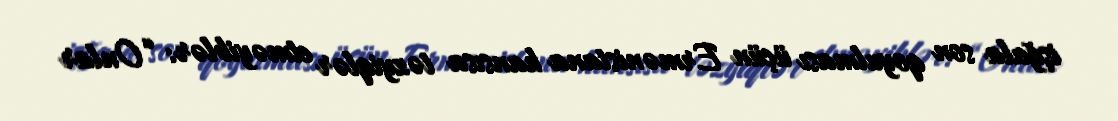
işğala son qoyulması üçün Ermənistana hansısa təzyiqlər etməyiblər: “Onlar